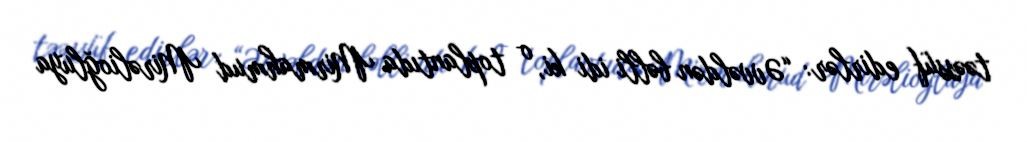
təəssüf edirlər: “Əvvəldən bəlli idi ki, o toplantıda Mirmahmud Mirəlioğluya